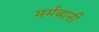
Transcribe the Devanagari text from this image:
मर्मबानी